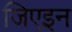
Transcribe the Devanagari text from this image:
जिएइन